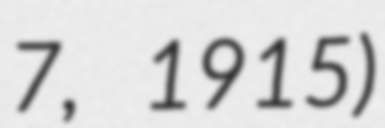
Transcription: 7, 1915)